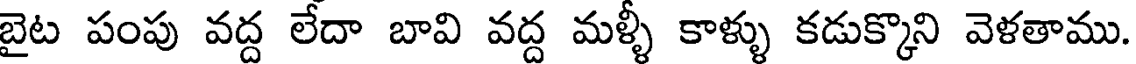
బైట పంపు వద్ద లేదా బావి వద్ద మళ్ళీ కాళ్ళు కడుక్కొని వెళతాము.